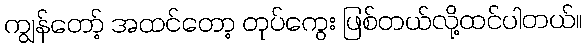
ကျွန်တော့် အထင်တော့ တုပ်ကွေး ဖြစ်တယ်လို့ထင်ပါတယ်။